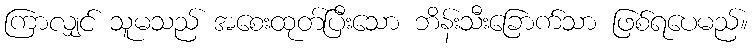
ကြာလျှင် သူမသည် အစေးထုတ်ပြီးသော ဘိန်းသီးခြောက်သာ ဖြစ်ရပေမည်။